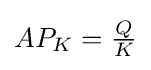
{\textstyle AP_{K}={\frac {Q}{K}}}